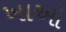
ખાઓ